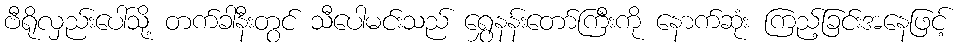
ဗီရိုလှည်းပေါ်သို့ တက်ခါနီးတွင် သီပေါမင်းသည် ရွှေနန်းတော်ကြီးကို နောက်ဆုံး ကြည့်ခြင်းအနေဖြင့်